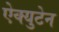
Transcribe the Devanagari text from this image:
ऐक्युटेन